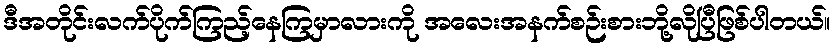
ဒီအတိုင်းလက်ပိုက်ကြည့်နေကြမှာလားကို အလေးအနက်စဉ်းစားဘို့လိုပြီဖြစ်ပါတယ်။